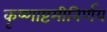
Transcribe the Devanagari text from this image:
कृष्णाष्टमीनिर्णय